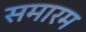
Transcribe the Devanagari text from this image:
समारम